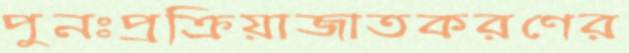
পুনঃপ্রক্রিয়াজাতকরণের